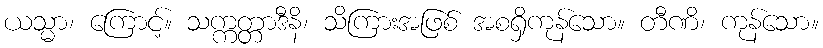
ယသ္မာ၊ ကြောင့်။ သက္ကတ္တာဒီနိ၊ သိကြားအဖြစ် အစရှိကုန်သော။ တီဏိ၊ ကုန်သော။